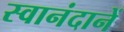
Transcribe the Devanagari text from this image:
स्वानंदानें